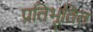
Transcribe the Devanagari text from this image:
प्रतिभूतित